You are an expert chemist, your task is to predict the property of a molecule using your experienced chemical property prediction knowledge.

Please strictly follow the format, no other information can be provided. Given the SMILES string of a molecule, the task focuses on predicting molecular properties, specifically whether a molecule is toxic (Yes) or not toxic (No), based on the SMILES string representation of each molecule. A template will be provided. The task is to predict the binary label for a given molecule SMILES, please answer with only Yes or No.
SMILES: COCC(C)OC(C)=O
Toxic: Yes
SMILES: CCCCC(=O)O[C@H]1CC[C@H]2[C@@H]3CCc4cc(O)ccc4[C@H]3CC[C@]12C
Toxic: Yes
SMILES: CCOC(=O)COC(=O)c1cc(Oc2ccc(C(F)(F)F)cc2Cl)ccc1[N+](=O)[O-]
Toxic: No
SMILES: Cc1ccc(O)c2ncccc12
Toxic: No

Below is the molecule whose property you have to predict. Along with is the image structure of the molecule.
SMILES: C=CCOCC(CO)(COCC=C)COCC=C
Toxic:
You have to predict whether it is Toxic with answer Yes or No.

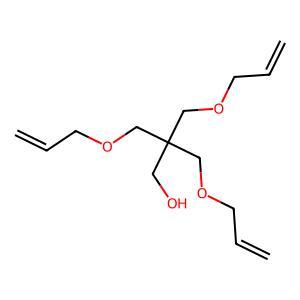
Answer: No